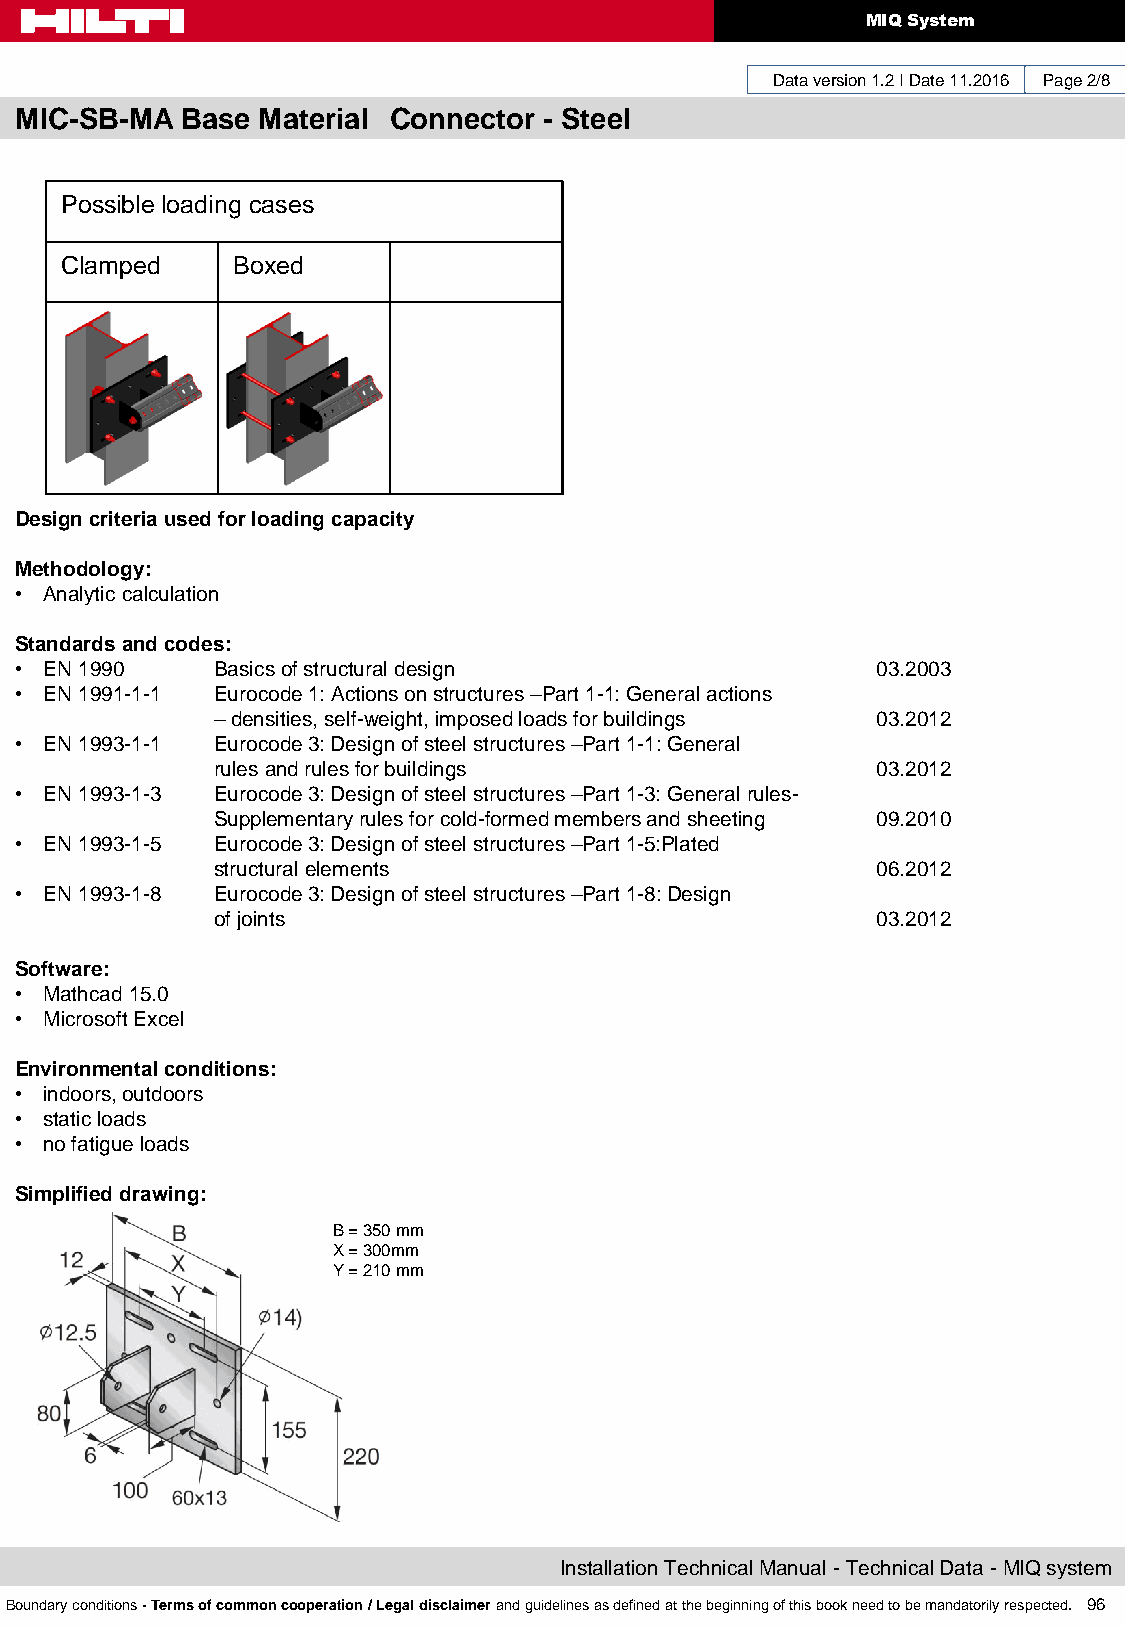
MIQ System
 Data version 1.2 I Date 11.2016 Page 2/8
 MIC-SB-MA  Base Material Connector - Steel
 Possible loading cases
 Clamped    Boxed
 Design criteria used for loading capacity
 Methodology:
 • Analytic calculation
 Standards and codes:
 • EN 1990    Basics of structural design                 03.2003
 • EN 1991-1-1 Eurocode 1: Actions on structures –Part 1-1: General actions
 – densities, self-weight, imposed loads for buildings 03.2012
 • EN 1993-1-1 Eurocode 3: Design of steel structures –Part 1-1: General
 rules and rules for buildings               03.2012
 • EN 1993-1-3 Eurocode 3: Design of steel structures –Part 1-3: General rules-
 Supplementary rules for cold-formed members and sheeting 09.2010
 • EN 1993-1-5 Eurocode 3: Design of steel structures –Part 1-5:Plated
 structural elements                         06.2012
 • EN 1993-1-8 Eurocode 3: Design of steel structures –Part 1-8: Design
 of joints                                   03.2012
 Software:
 • Mathcad 15.0
 • Microsoft Excel
 Environmental conditions:
 • indoors, outdoors
 • static loads
 • no fatigue loads
 Simplified drawing:
 B = 350 mm
 X = 300mm
 Y = 210 mm
 Installation Technical Manual - Technical Data - MIQ system
 Boundary conditions - Terms of common cooperation / Legal disclaimer and guidelines as defined at the beginning of this book need to be mandatorily respected. 96